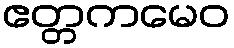
ဧတ္တကမေဝ